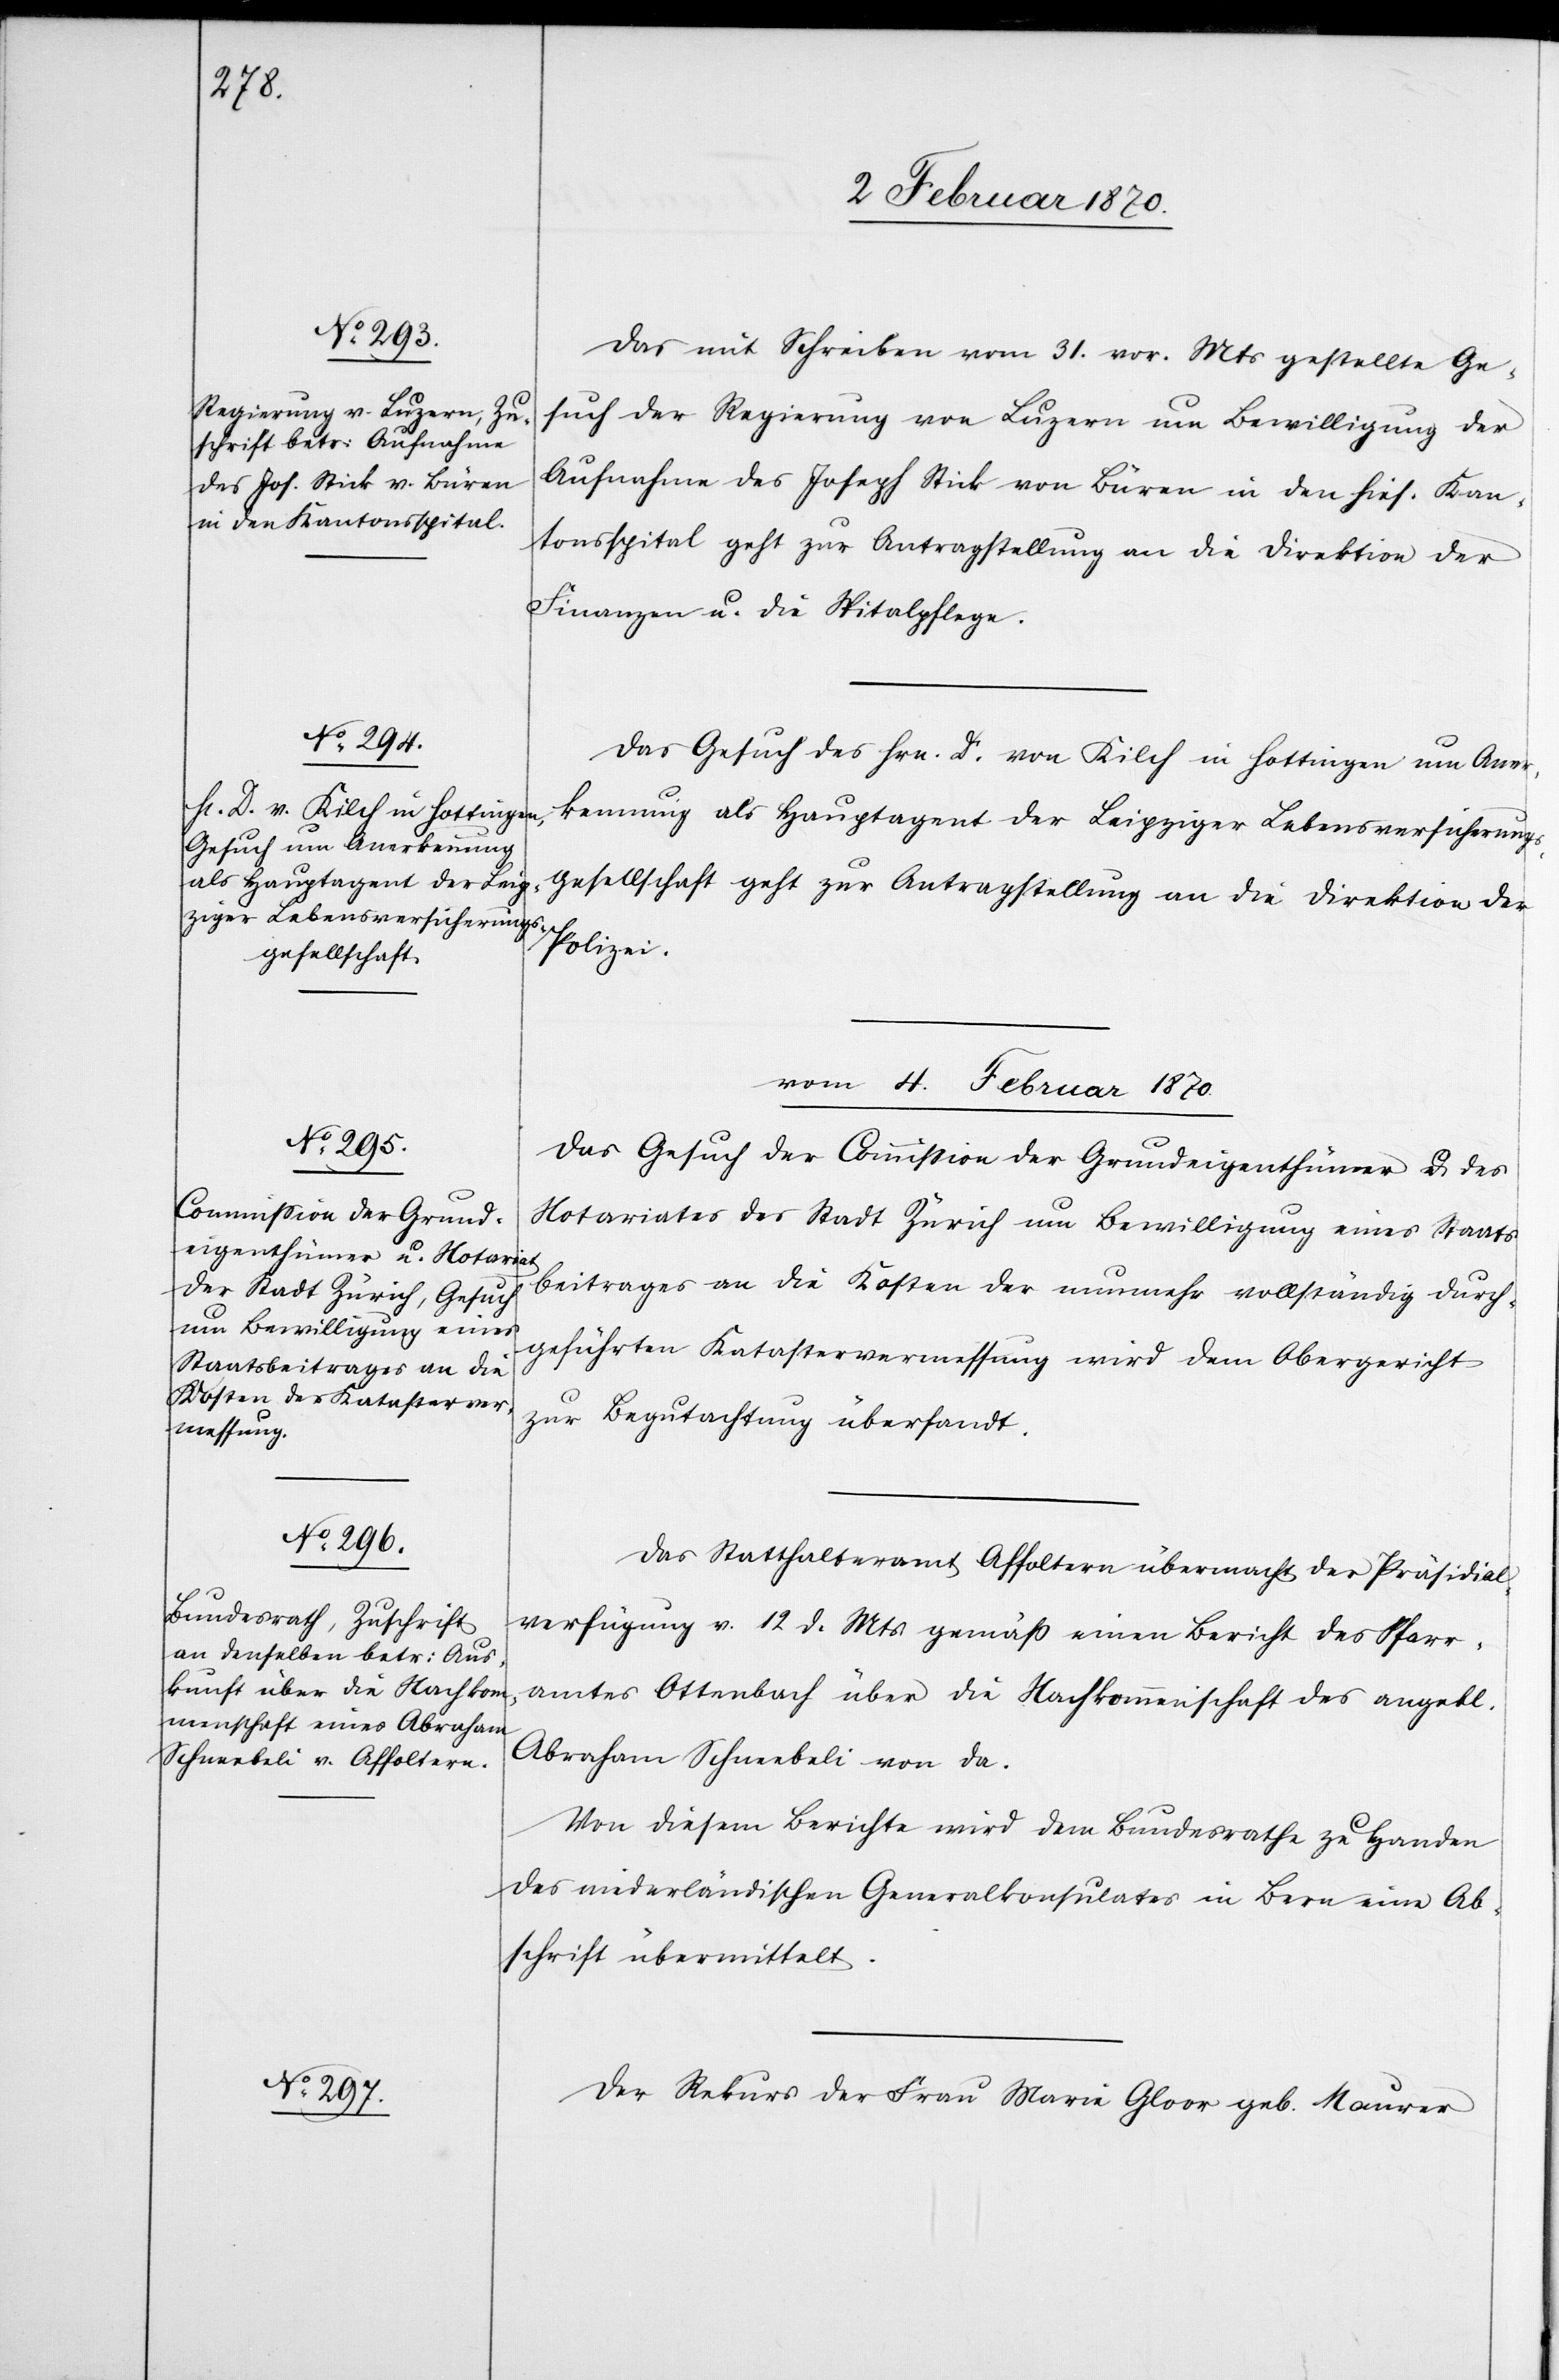
Das mit Schreiben vom 31. vor. Mts gestellte Ge¬
such der Regierung von Luzern um Bewilligung der
Aufnahme des Joseph Stick von Büren in den hies. Kan¬
tonsspital geht zur Antragstellung an die Direktion der
Finanzen u. die Spitalpflege.
Das Gesuch des Hrn. D. v. Kilch in Hottingen um Aner¬
kennung als Hauptagent der Leipziger Lebensversicherungs¬
gesellschaft geht zur Antragstellung an die Direktion der
Polizei.
vom 4. Februar 1870.]
Das Gesuch der Commission der Grundeigenthümer u. des
Notariates der Stadt Zürich um Bewilligung eines Staats¬
beitrages an die Kosten der nunmehr vollständig durch¬
geführten Katastervermessung wird dem Obergericht
3.
zur Begutachtung übersandt.
Das Statthalteramt Affoltern übermacht der Präsidial¬
verfügung v. 12 d. Mts gemäss einen Bericht des Pfarr¬
amtes Ottenbach über die Nachkommenschaft des angebl.
Abraham Schneebeli von da.
Von diesem Berichte wird dem Bundesrathe zu Handen
des niederländischen Generalkonsulates in Bern eine Ab¬
schrift übermittelt.
Der Rekurs der Frau Maria Gloor geb. Maurer